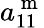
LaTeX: a_{11}^{\mathrm{~m~}}